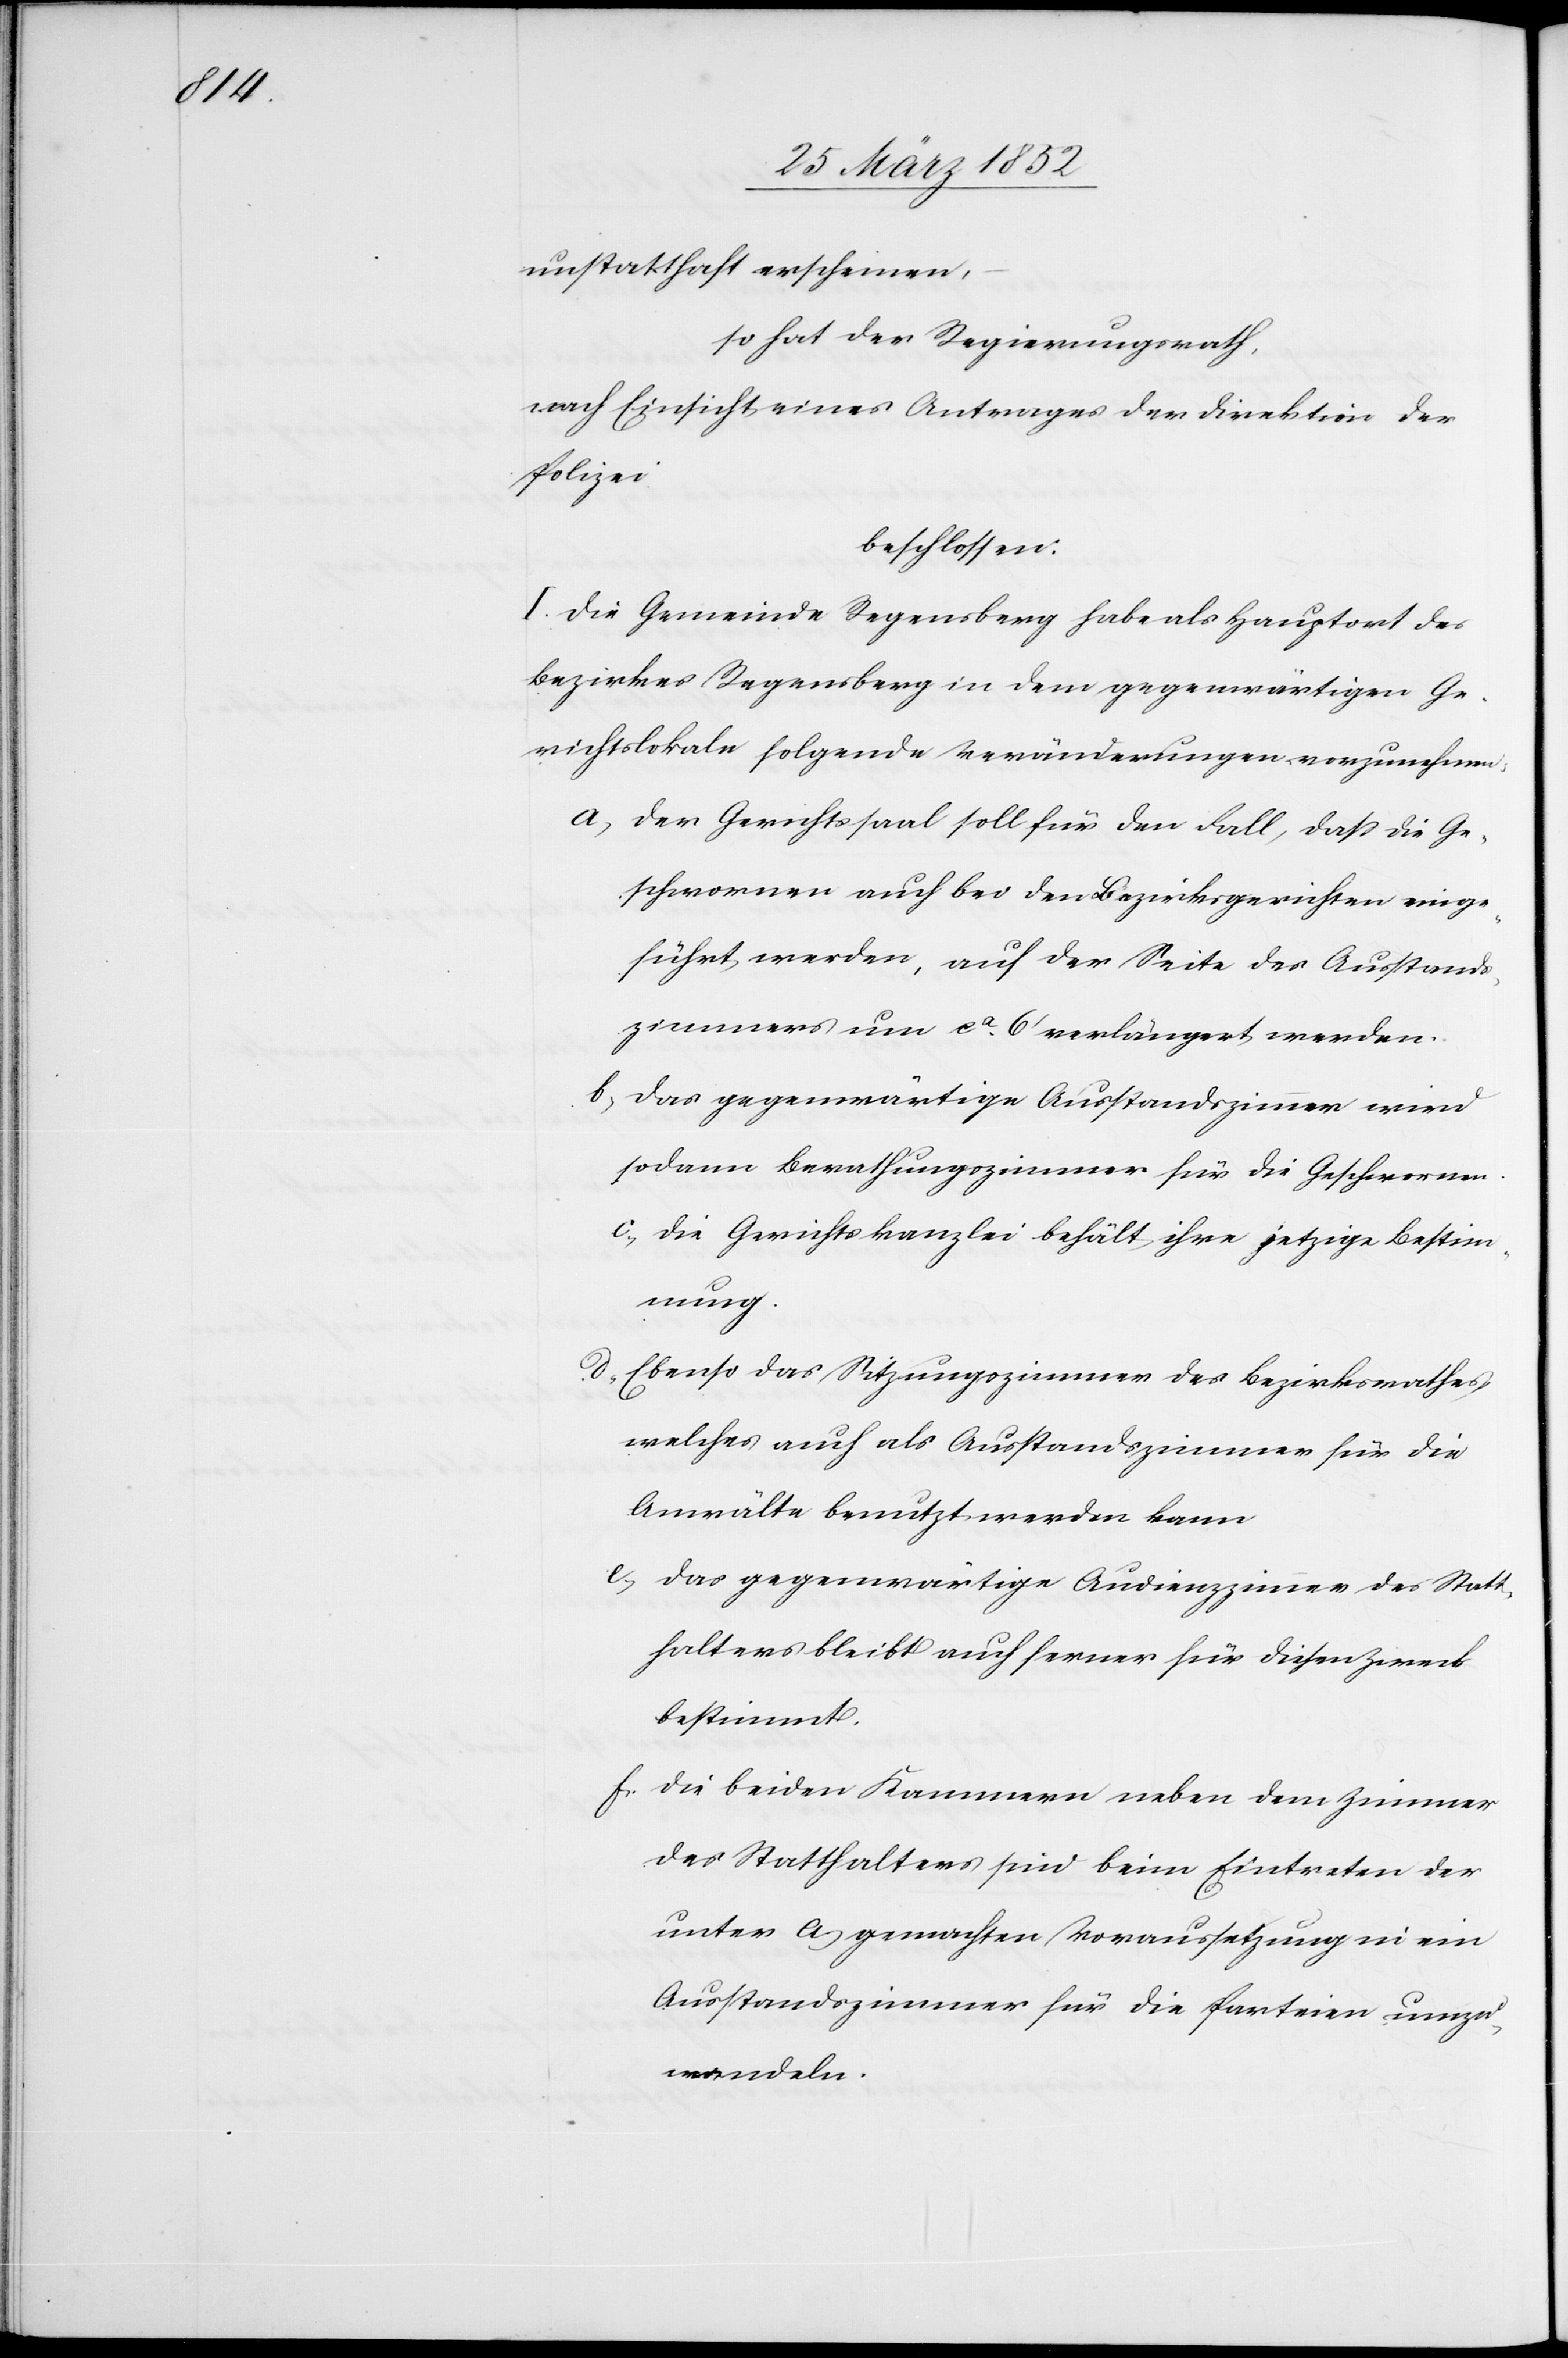
unstatthaft erscheinen,
so hat der Regierungsrath,
nach Einsicht eines Antrages der Direktion der
Polizei
beschlossen.
I. Die Gemeinde Regensberg habe als Hauptort des
Bezirkes Regensberg in dem gegenwärtigen Ge¬
richtslokale folgende Veränderungen vorzunehmen:
a) Der Gerichtssaal soll für den Fall, daß die Ge¬
schwornen auch bei den Bezirksgerichten einge¬
führt werden, auf der Seite des Ausstands¬
zimmers um ca 6‘ verlängert werden.
b) Das gegenwärtige Ausstandszimmer wird
sodann Berathungszimmer für die Geschwornen.
c) Die Gerichtskanzlei behält ihre jetzige Bestim¬
mung.
d) Ebenso das Sitzungszimmer des Bezirksrathes,
welches auch als Ausstandszimmer für die
Anwälte benutzt werden kann.
e) Das gegenwärtige Audienzzimmer des Statt¬
halters bleibt auch ferner für diesen Zweck
bestimmt.
f) Die beiden Kammern neben dem Zimmer
des Statthalters sind beim Eintreten der
unter a) gemachten Voraussetzung in ein
Ausstandszimmer für die Parteien umzu¬
wandeln.